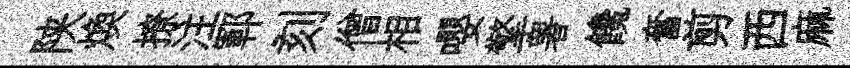
陕煥撩注鄆刻僧相嚶擎署饞奮剪西麻